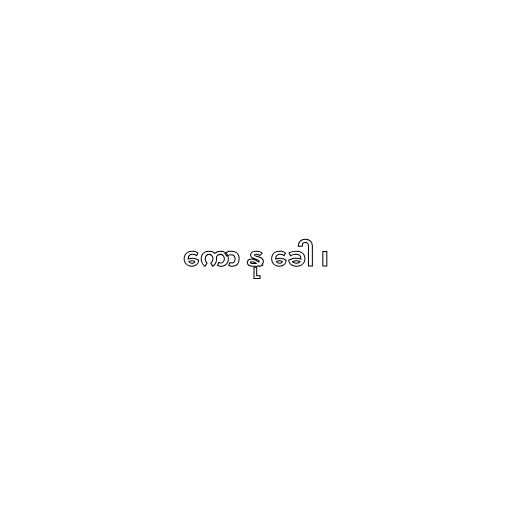
ကော နု ခေါ ၊